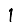
Digit: 1